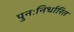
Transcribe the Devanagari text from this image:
पुनःनिर्धारित